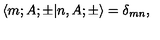
\langle m ; A ; \pm | n , A ; \pm \rangle = \delta _ { m n } ,